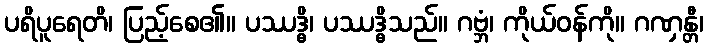
ပရိပူရေတိ၊ ပြည့်စေ၏။ ပဿဒ္ဓိ၊ ပဿဒ္ဓိသည်။ ဂဗ္ဘံ၊ ကိုယ်ဝန်ကို။ ဂဏှန္တီ၊